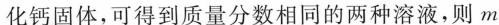
化钙固体，可得到质量分数相同的两种溶液，则m